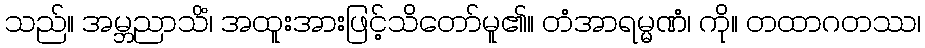
သည်။ အမ္ဘညာသိံ၊ အထူးအားဖြင့်သိတော်မူ၏။ တံအာရမ္မဏံ၊ ကို။ တထာဂတဿ၊